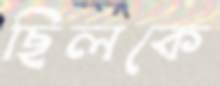
ছিলকে